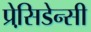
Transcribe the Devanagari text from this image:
प्रेसि़डेन्सी